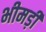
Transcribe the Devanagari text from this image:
भीमड़ी